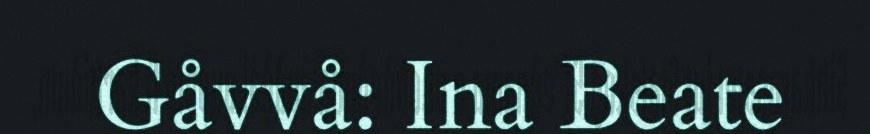
Gåvvå: Ina Beate